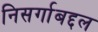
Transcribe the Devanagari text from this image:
निसर्गाबद्दल